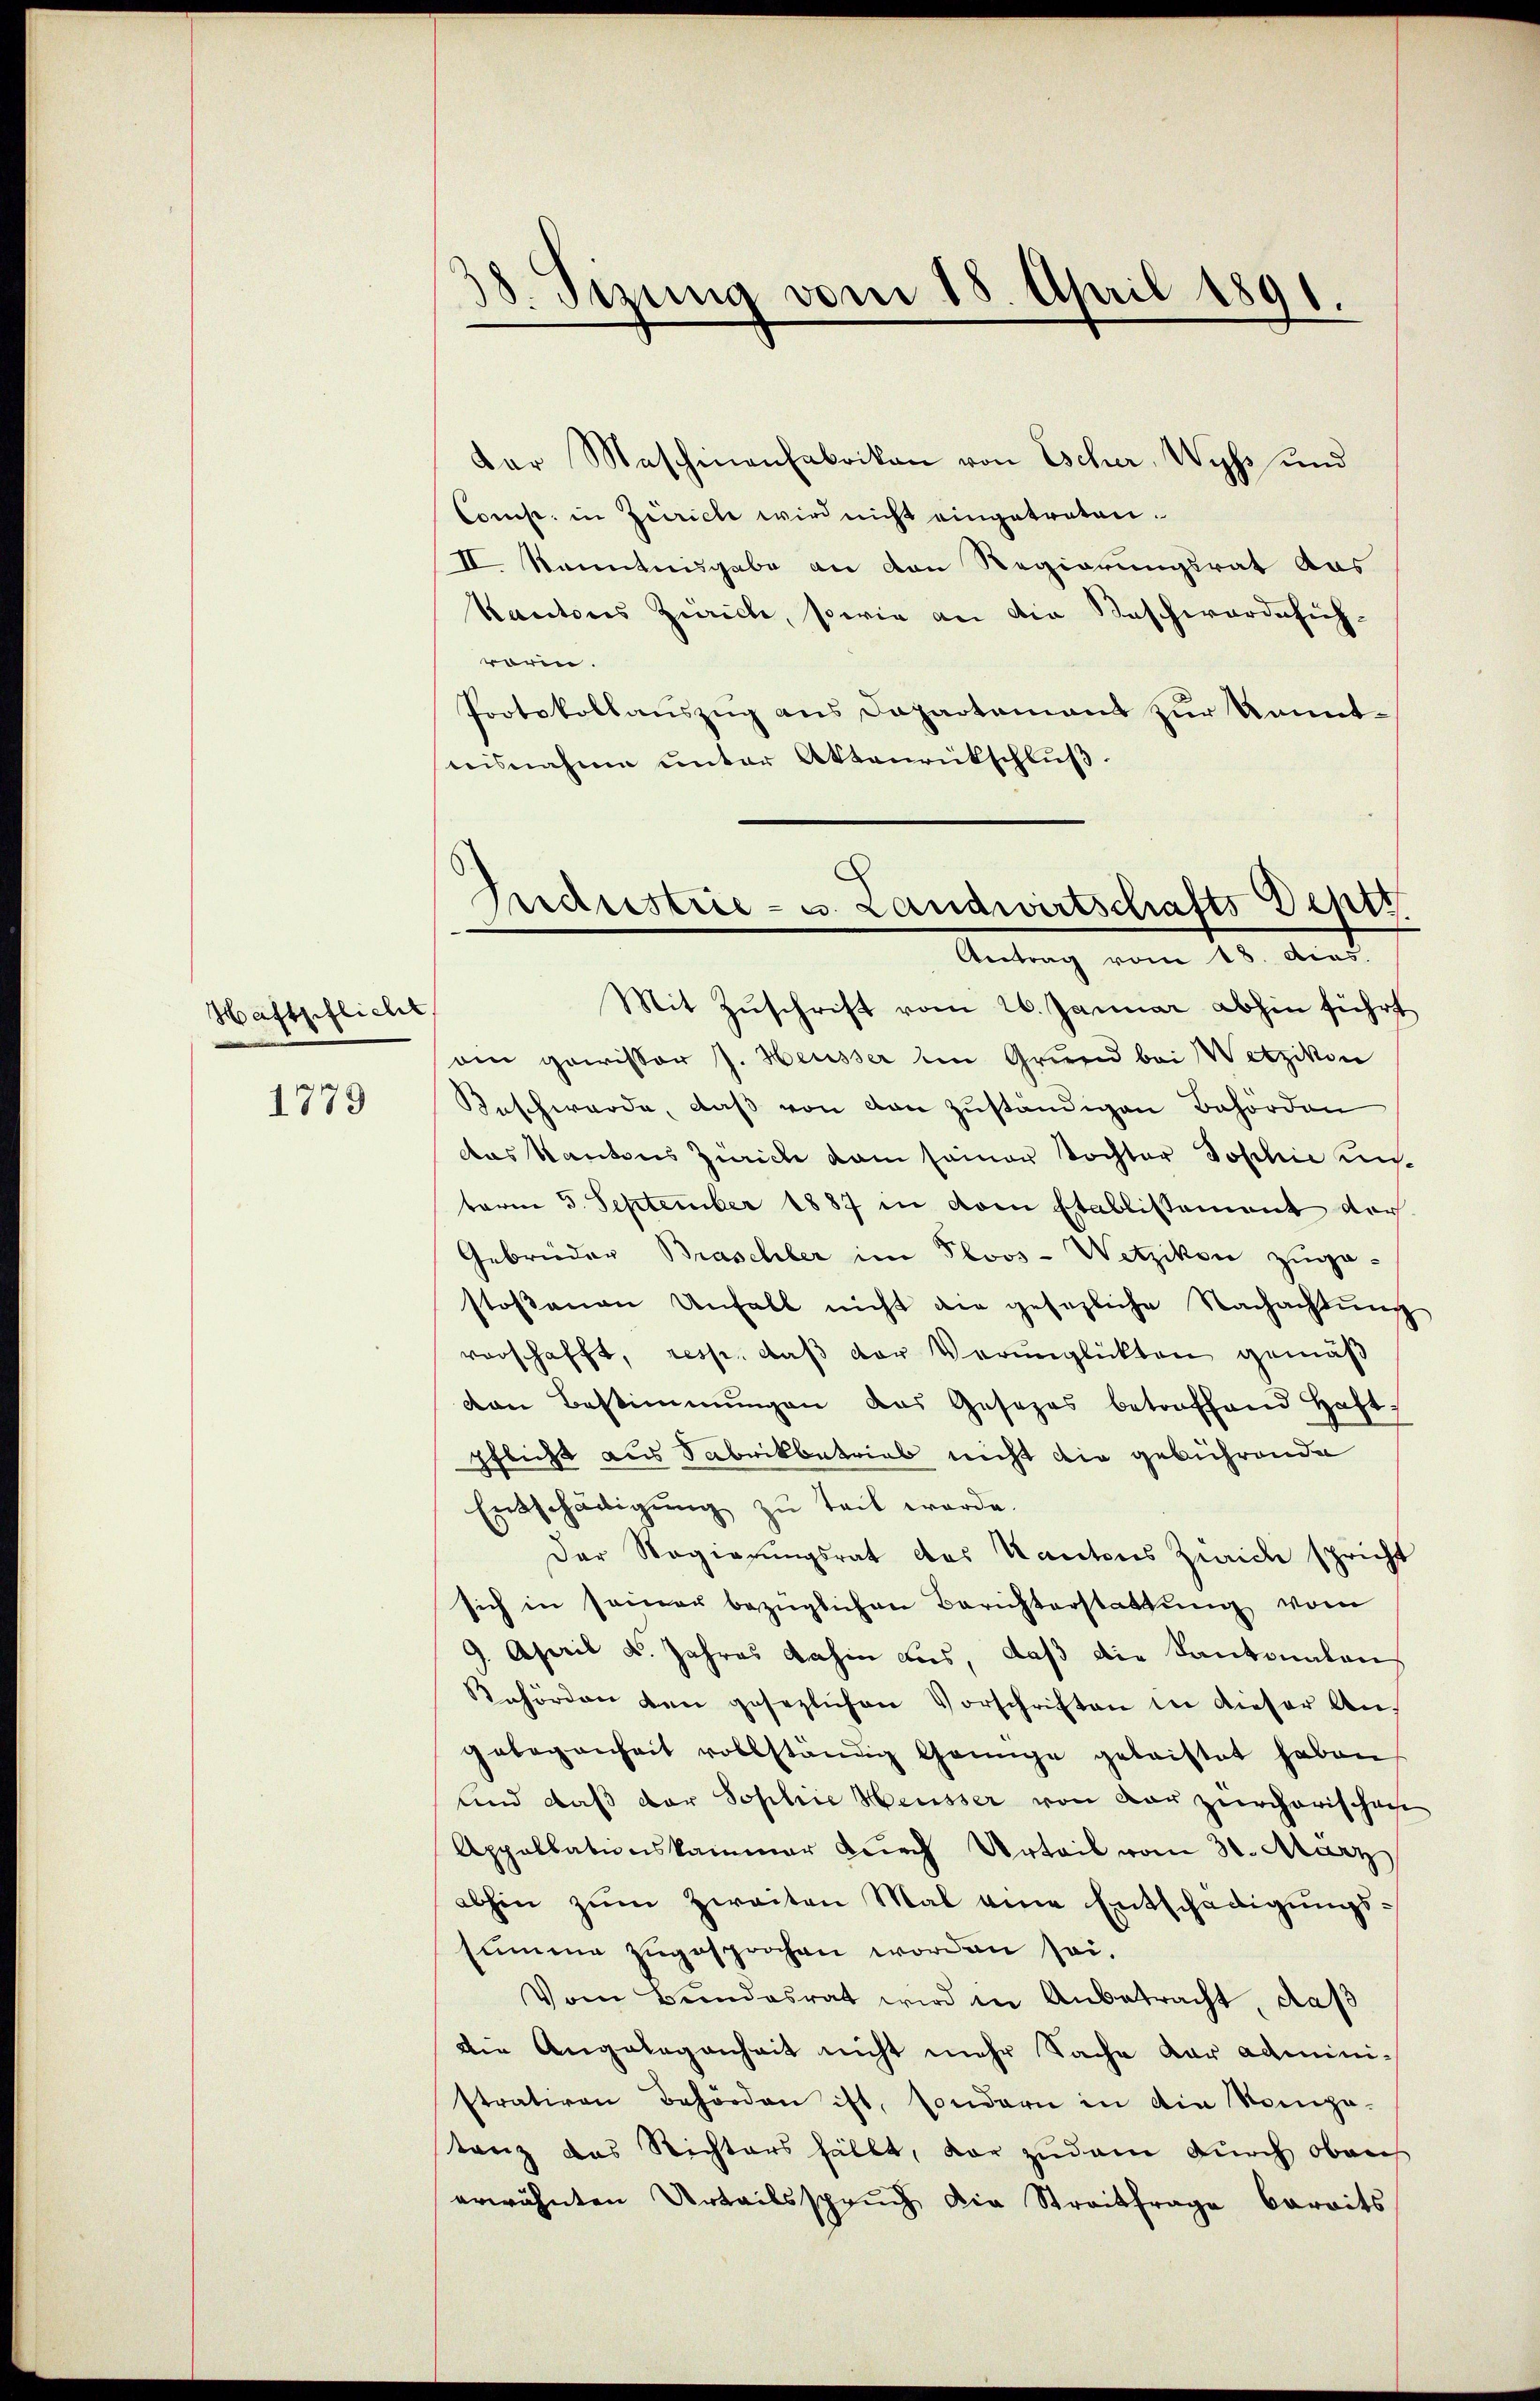
Haftpflicht

1779

Dar Maschinenfabrikon von Escher, Wyss und
Comp. in Zürich wird nicht eingetreten.
II Kenntnisgabe an von Regierungsrat das
Kantons Zürich, sowie an die Beschwerdeführarin.
Protokollauszug aus Dapartement zur Kenntnisnahme unter Aktenrückschlŭβ
Mit Zuschrift vom 26. Januar abhin führt
am gewissor J. Heusser im Grund bei Wetzikon
Beschwerde, daß von den zuständigen Behörden
das Kantons Zürich kam seiner Tochter Joschie unterm 5. September 1887 in vom Etablissement der
Gebrüder Braschler im Ploos-Wetzikon zugestoßenen Unfall nicht die gesezliche Nachachtŭng
vorschafft, resp. daß der Verunglückten gemäß
von Bestimmungen das Gesezes betroffend haft.
pflicht aus Sabrikbetrieb nicht die gebührende
Entschädigung zu teil werde.
Der Regierungsrat des Kantons Zürich spricht
sich in seiner bezüglichen Berichterstattung vom
9. April d. Jahres dahin aus, daß die Kantonalen
Rehörden den gesezlichen Vorschriften in dieser Angelegenheit vollständig Grünge geleistet haben,
und daß der Sophie Heusser von der zürcherischen
Appellationskammer durch Urteil vom 31. März
abhin zŭm Zweiten Mal eine Entschädigŭngs-
summe zugesprochen worden sei.
Vom Bundesrat wird in Anbetracht, daß
die Angelegenheit nicht mehr Sache dar administrativen Behörden ist, sondern in die Kompe-
tanz das Richters fällt, vor zudem durch oben
erwähnten Urteilsspruch die Streitfrage bereits

38. Sizung vom 18. April 1891.

Andrestrie - u. Landwirtschafts Depts
Antrag vom 18. dies